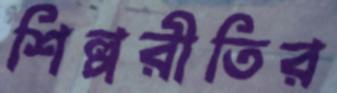
শিল্পরীতির